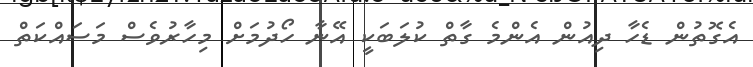
އެގޮތުން ޑެހާ ދިއުން އެންމެ ގާތް ކުލަބަކީ އޭނާ ހޯދުމަށް މިހާރުވެސް މަސައްކަތް